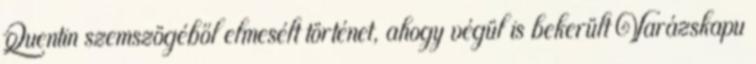
Quentin szemszögéből elmesélt történet, ahogy végül is bekerült Varázskapu